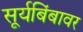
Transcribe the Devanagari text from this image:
सूर्यबिंबावर